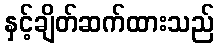
နှင့်ချိတ်ဆက်ထားသည်